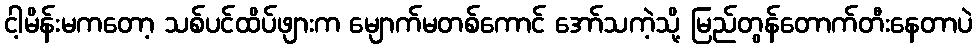
ငါ့မိန်းမကတော့ သစ်ပင်ထိပ်ဖျားက မျောက်မတစ်ကောင် အော်သကဲ့သို့ မြည်တွန်တောက်တီးနေတာပဲ